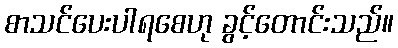
စာသင်ပေးပါရစေဟု ခွင့်တောင်းသည်။